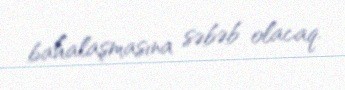
bahalaşmasına səbəb olacaq.